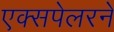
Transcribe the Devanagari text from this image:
एक्सपेलरने